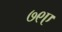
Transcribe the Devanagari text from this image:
७९ए